system: You are a helpful assistant.
user:
Analyze the provided spectrum to determine if it is a **S-type Star**.

- **Key Indicators for S-type Star:**

    - **(Overall Spectrum Shape):** The first and most obvious characteristic is the overall continuum (the "baseline" shape). It is **extremely "red-sloping,"** meaning the flux (light intensity) is very low on the left side (blue, ~4000-4500 Å) and rises steeply and continuously toward the right side (red, ~7000 Å+).

    - **(Primary):** The spectrum is defined by the presence of strong, broad molecular absorption "valleys" (bands) from **Zirconium Oxide (ZrO)**. The identification of these bands is the **primary requirement** for classifying a star as S-type.
        - **(Key Bandheads):** You must find distinct, deep "dips" where the light has been absorbed. The most critical band systems to locate are:
            - **~6474 Å** ($\gamma$-system): This is often the strongest and clearest ZrO feature, found in the red part of the spectrum.
            - **~5718 Å** & **~5551 Å** ($\beta$-system): A pair of prominent absorption features in the yellow-orange part of the spectrum.
            - **~4640 Å** ($\alpha$-system): A key absorption band system in the blue-green region of the spectrum.

    - **(Secondary Confirmation):** The classification is strengthened by finding additional absorption bands from other related heavy element oxides, which are expected to be present alongside ZrO.
        - **(Key Bandheads):**
            - **Yttrium Oxide (YO):** Look for absorption dips near **~4800 Å** and **~6100 Å**.
            - **Lanthanum Oxide (LaO):** Additional absorption features, particularly in the red-orange part of the spectrum, are also characteristic.

    - **(Line Profile):** The combination of the steep red continuum and these numerous, deep molecular bands (ZrO, YO, etc.) gives the entire spectrum a very **"chopped-up"** or **"bumpy"** appearance. Instead of a smooth curve, the spectrum looks as though large, wide chunks of light have been "carved out" of it at the specific wavelengths listed above.

Think first, call **spectral_visualization_tool** if needed to examine features in detail, then provide your final answer. Your response must adhere to the following strict rules:
1.  **Overall Structure:** Your response must follow the format `<think>...</think> <tool_call>...</tool_call> (if a tool is used) <answer>...</answer>`.
2.  **Tool Usage Constraint:** You may only make **one** tool call per turn.
3.  **Final Answer Format:** In the `<answer>` tag, your conclusion must be inside a `\boxed{}` command (e.g., `\boxed{YES}` or `\boxed{NO}`), followed by your justification.

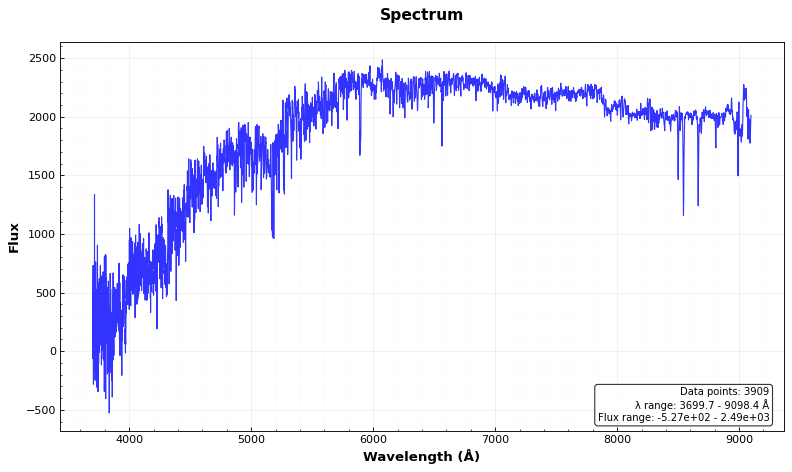
Answer: NO